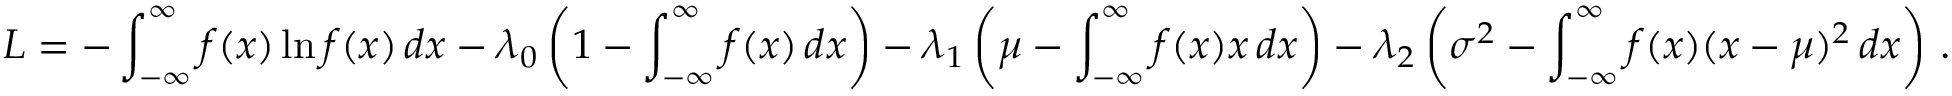
L = - \int _ { - \infty } ^ { \infty } f ( x ) \ln f ( x ) \, d x - \lambda _ { 0 } \left( 1 - \int _ { - \infty } ^ { \infty } f ( x ) \, d x \right) - \lambda _ { 1 } \left( \mu - \int _ { - \infty } ^ { \infty } f ( x ) x \, d x \right) - \lambda _ { 2 } \left( \sigma ^ { 2 } - \int _ { - \infty } ^ { \infty } f ( x ) ( x - \mu ) ^ { 2 } \, d x \right) \, .